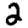
Digit: 2